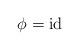
LaTeX: \begin{align*}\phi=\operatorname{id}\end{align*}